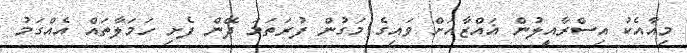
މިއާއެކު އިސްރާއީލުން ޣައްޒާއަށް ވައިގެ މަގުން ފުރަތަމަ ދޭން ފެށި ހަމަލާތައް އެއްގަމު